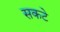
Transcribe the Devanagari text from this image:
सकटे